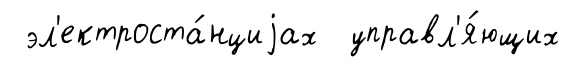
эл'ектроста́нциjах управл'я́ющих